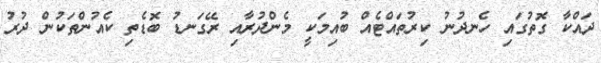
ދައްކާ ގޮތުގައި ހެނދުނު ކިރުތައްޓެއް ބުއިމަކީ މެންދުރާއި ރޭގަނޑު ބޮޑެތި ކެއުންތަކުން ދުރު